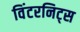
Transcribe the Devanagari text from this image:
विंटरनिट्‌स